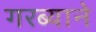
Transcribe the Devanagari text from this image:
गरब्याने